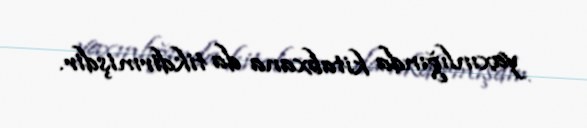
yaxınlığında kitabxana da tikdirmişdir.